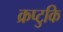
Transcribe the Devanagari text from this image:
क्रप्टुकि